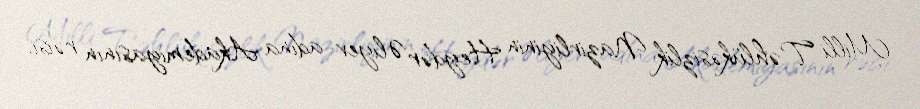
Milli Təhlükəsizlik Nazirliyinin Heydər Əliyev adına Akademiyasının rəisi,